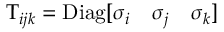
\boldsymbol { \mathrm { T } } _ { i j k } = \mathrm { D i a g } [ \sigma _ { i } \quad \sigma _ { j } \quad \sigma _ { k } ]